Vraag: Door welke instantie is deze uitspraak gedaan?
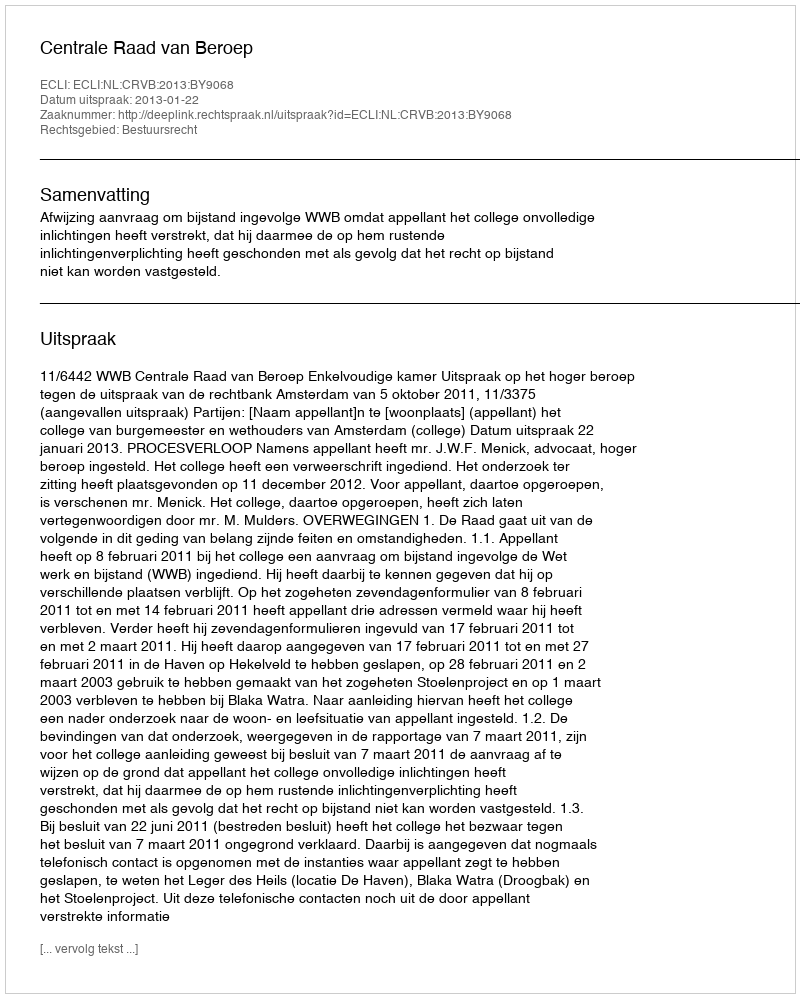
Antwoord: Centrale Raad van Beroep